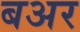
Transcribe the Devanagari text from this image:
बअर